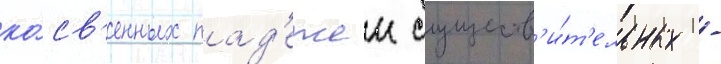
ко́св'енных пад'ежеи существ'и́т'ельных -